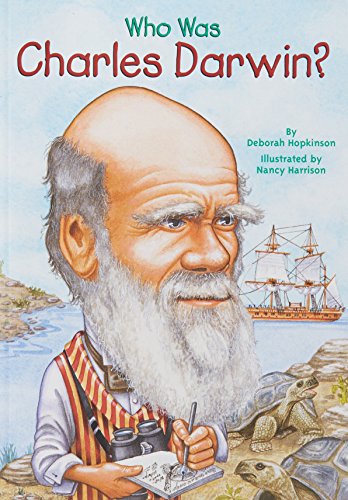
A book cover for Who Was Charles Darwin?; Deborah Hopkinson; Children's Books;